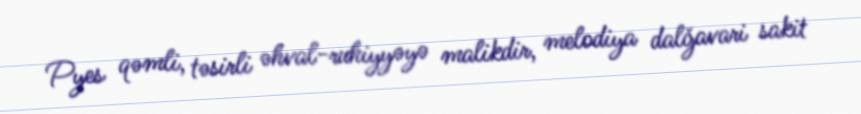
Pyes qəmli, təsirli əhval-ruhiyyəyə malikdir, melodiya dalğavari sakit